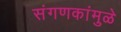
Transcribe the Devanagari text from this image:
संगणकांमुळे